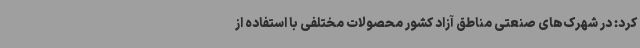
کرد: در شهرک‌های صنعتی مناطق آزاد کشور محصولات مختلفی با استفاده از